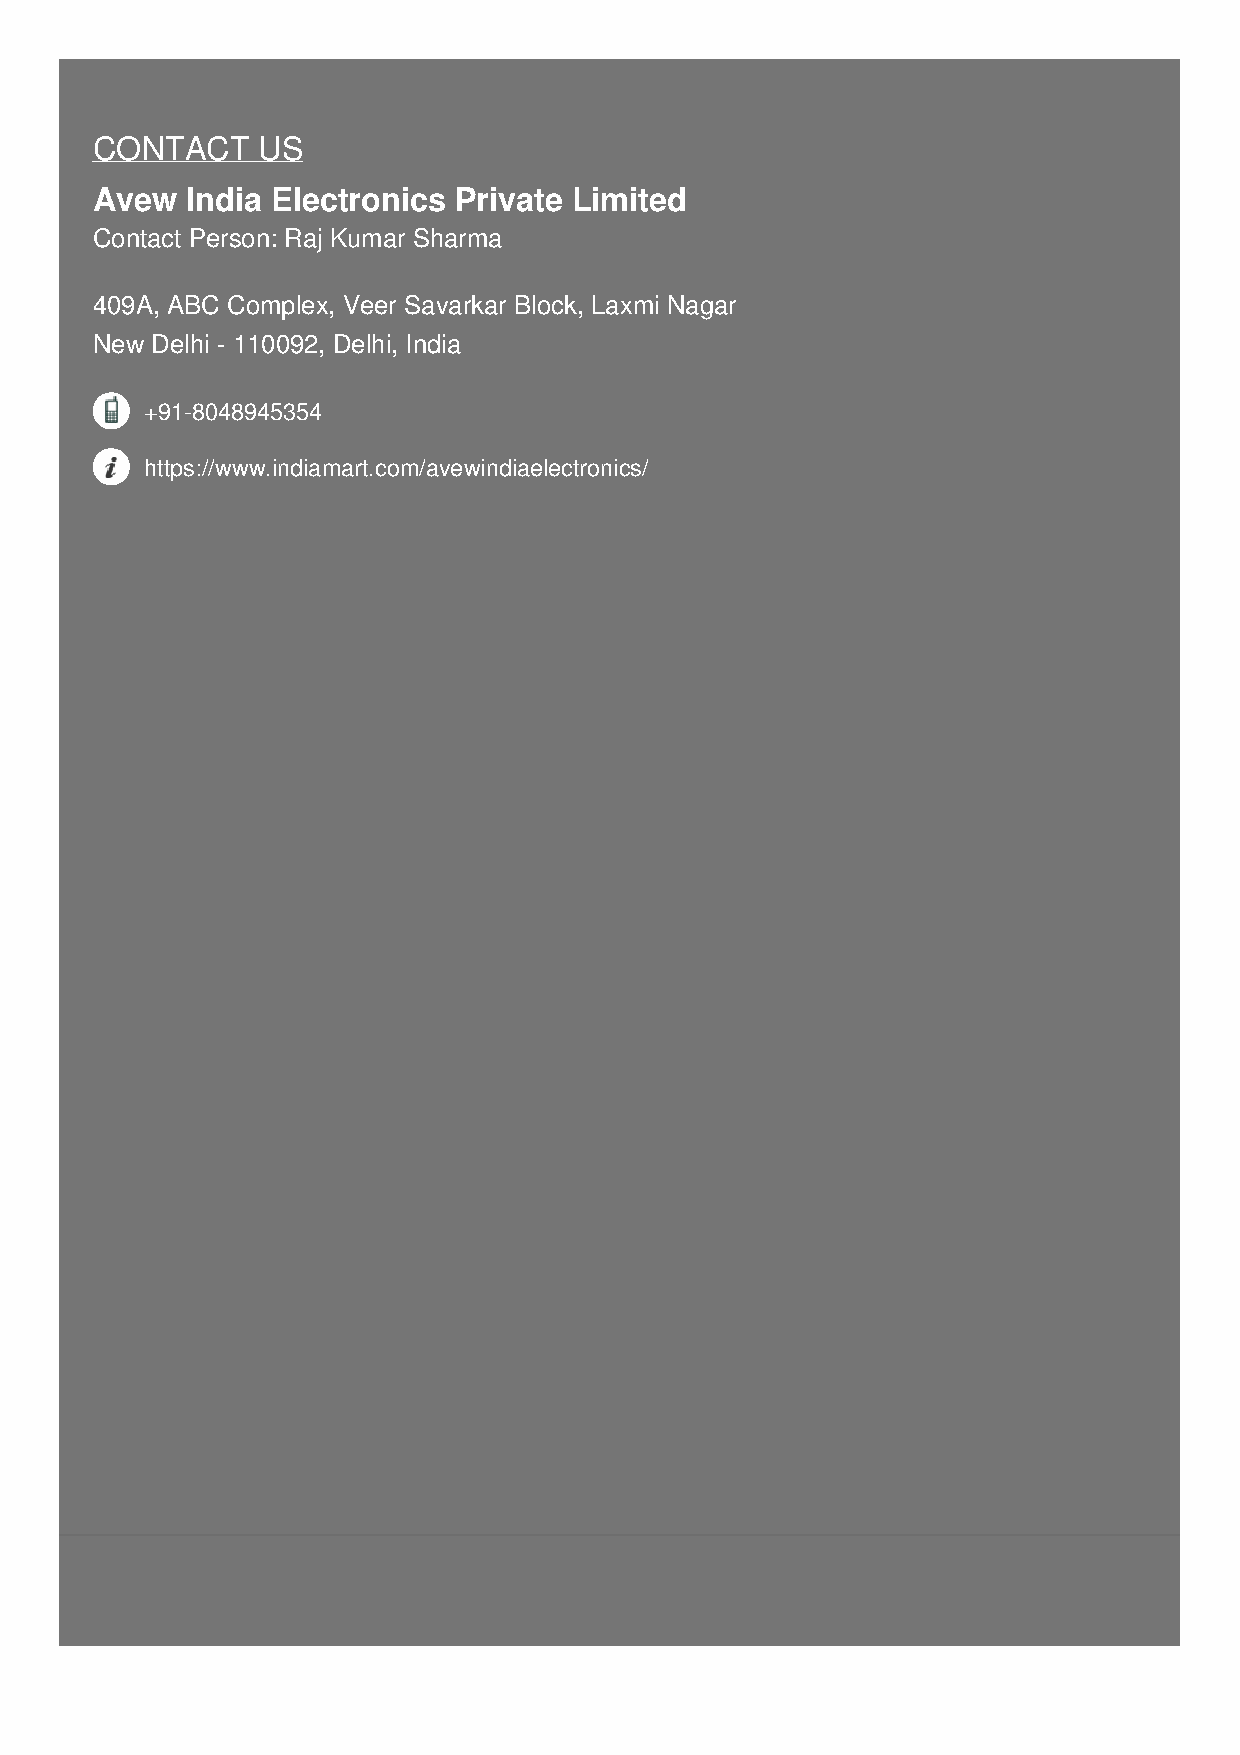
CONTACT    US
 Avew  India Electronics Private Limited
 Contact Person: Raj Kumar Sharma
 409A, ABC Complex, Veer Savarkar Block, Laxmi Nagar
 New Delhi - 110092, Delhi, India
 +91-8048945354
 https://www.indiamart.com/avewindiaelectronics/